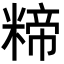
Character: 𮇱